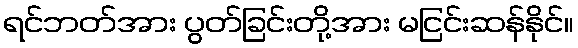
ရင်ဘတ်အား ပွတ်ခြင်းတို့အား မငြင်းဆန်နိုင်။